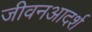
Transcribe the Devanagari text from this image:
जीवनआदर्श